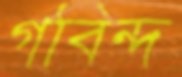
গবিন্দ